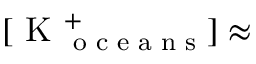
[ \textrm { K } _ { \textrm { o c e a n s } } ^ { + } ] \approx